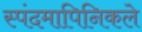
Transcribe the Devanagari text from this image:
स्पंदमापिनिकले